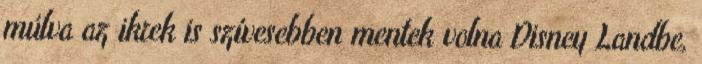
múlva az ikrek is szívesebben mentek volna Disney Landbe,